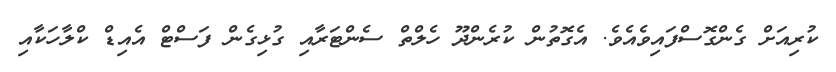
ކުރިއަށް ގެންގޮސްފައިވެއެވެ. އެގޮތުން ކުރެންދޫ ހެލްތް ސެންޓަރާއި ގުޅިގެން ފަސްޓް އެއިޑް ކްލާހަކާއި